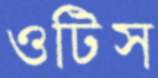
ওটিস